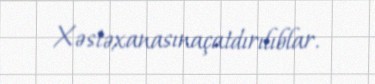
Xəstəxanasınaçatdırılıblar.